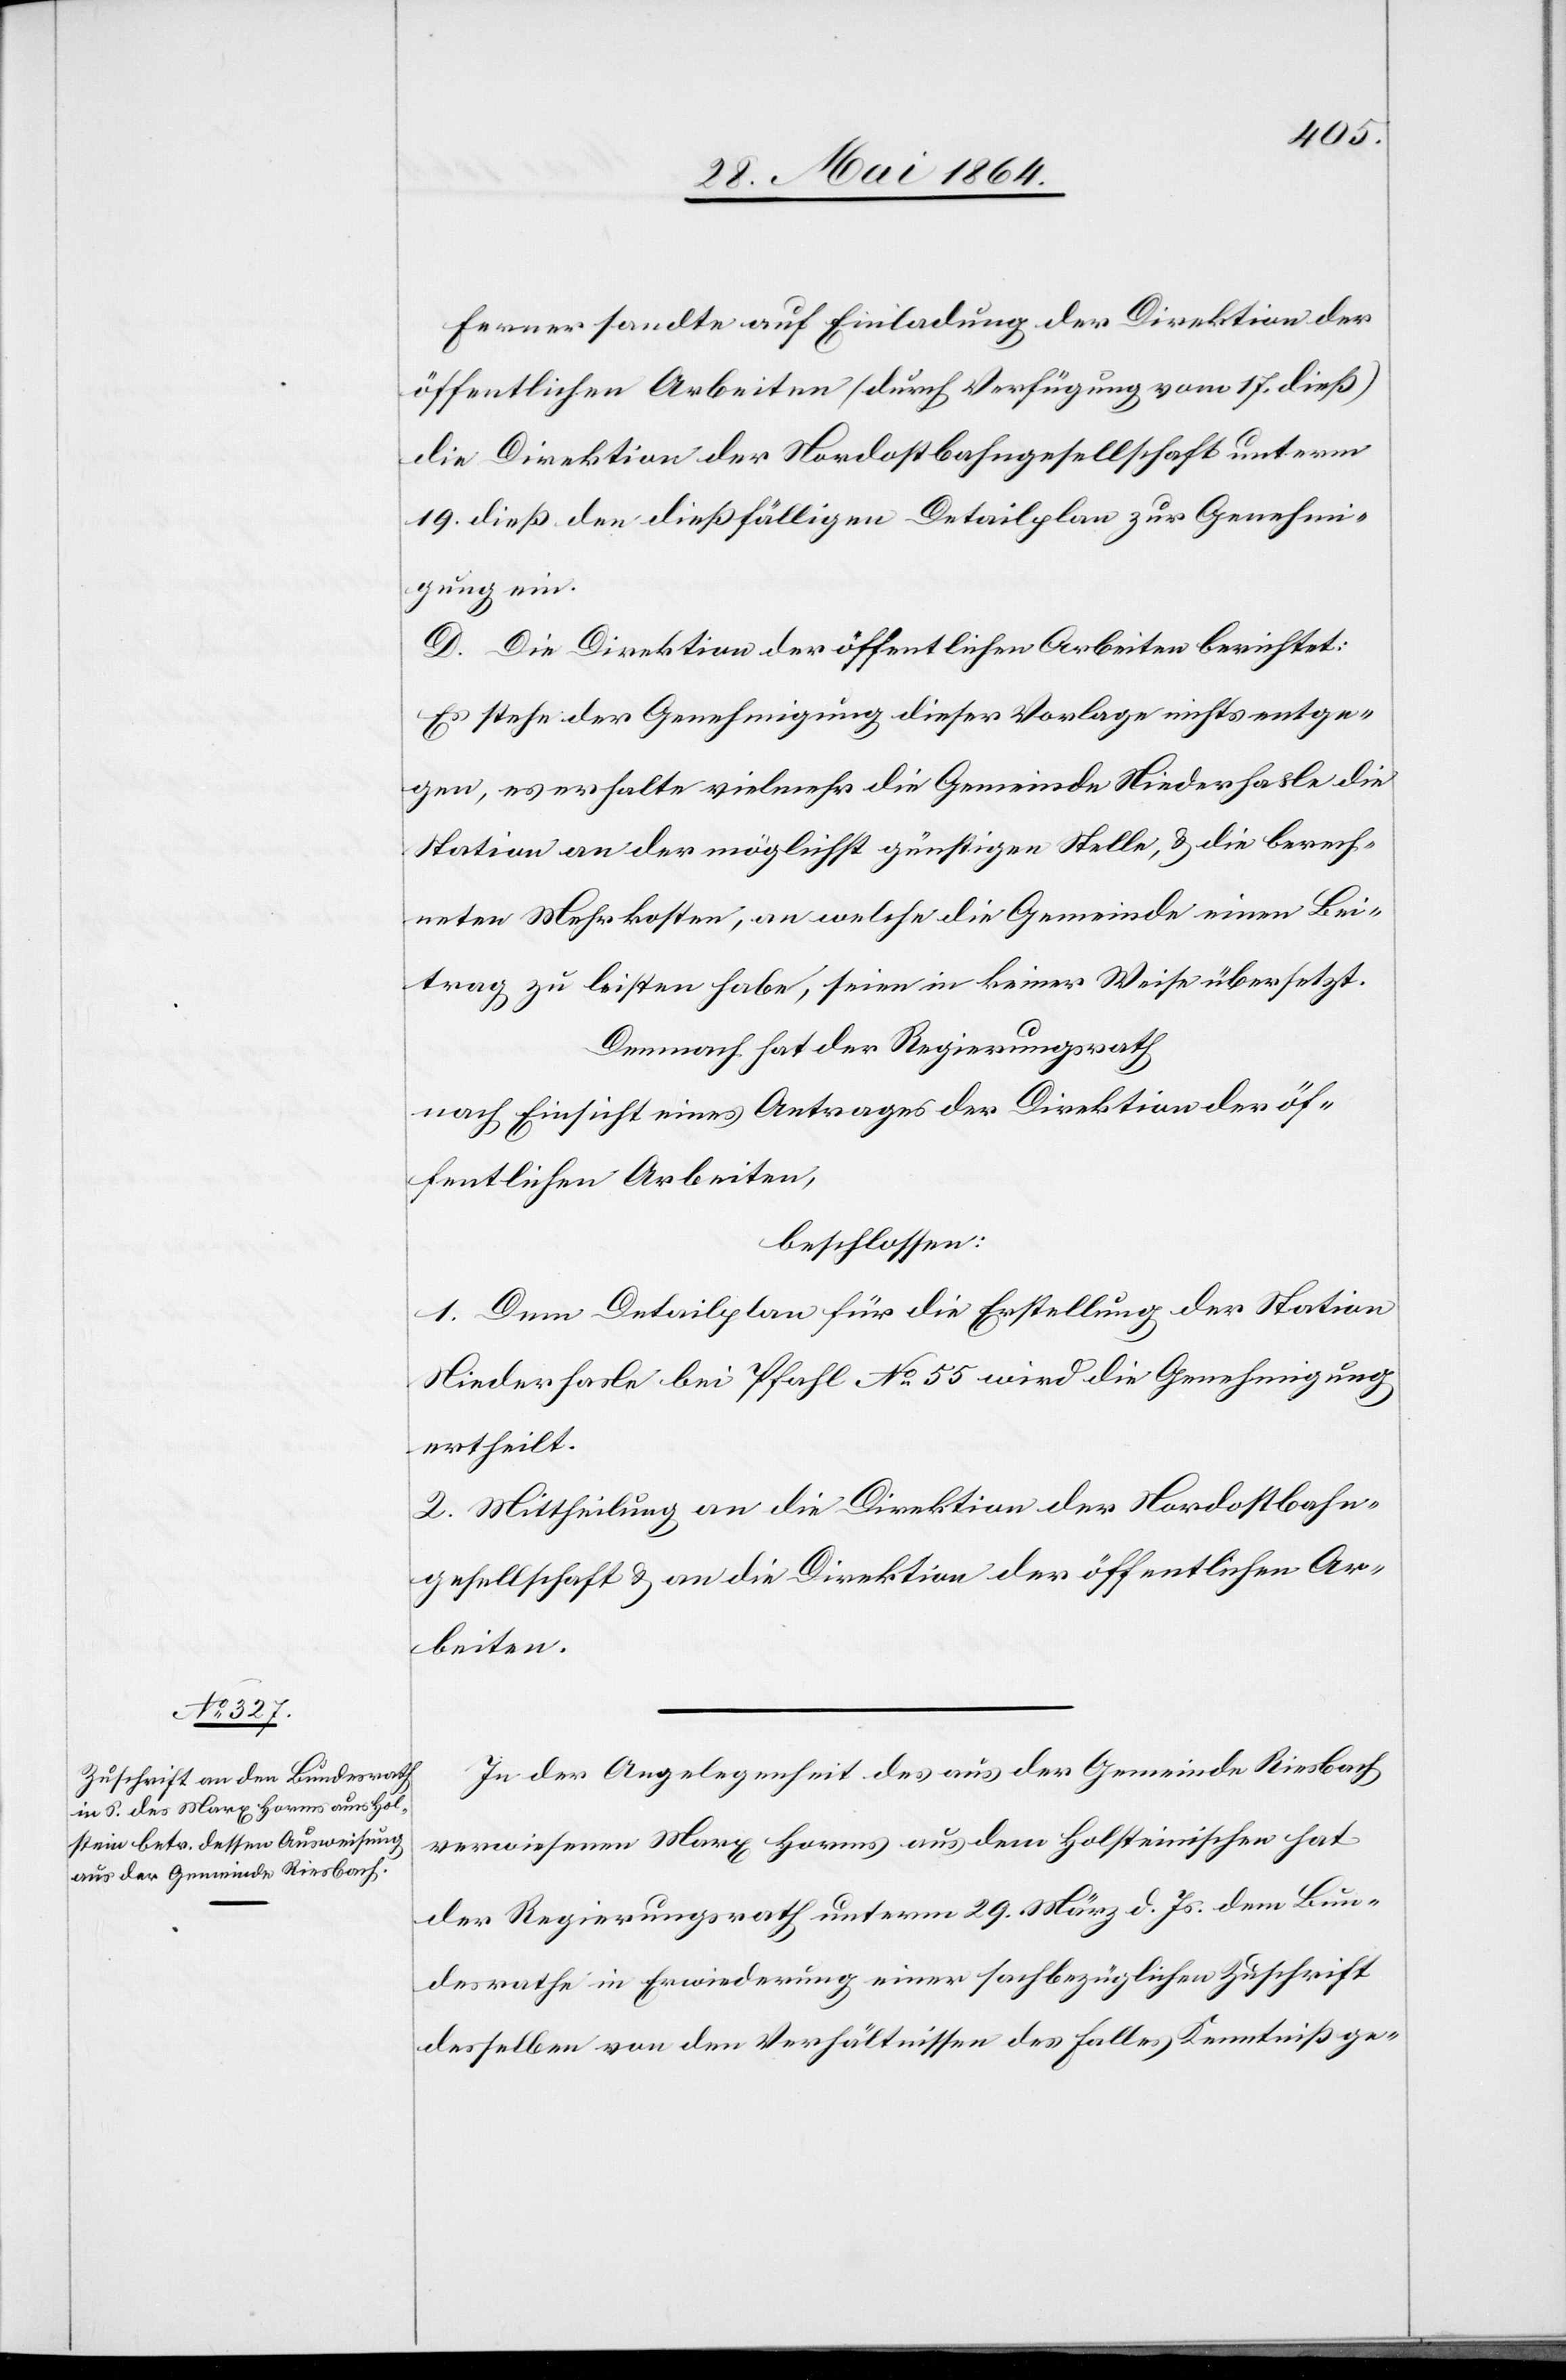
Ferner sandte auf Einladung der Direktion der
öffentlichen Arbeiten (durch Verfügung von 17. dieß)
die Direktion der Nordostbahngesellschaft unterm
19. dieß den dießfälligen Detailplan zur Genehmi¬
gung ein.
D. Die Direktion der öffentlichen Arbeiten berichtet:
Es stehe der Genehmigung dieser Vorlage nichts entge¬
gen, es erhalte vielmehr die Gemeinde Niederhasle die
Station an der möglichst günstigen Stelle, u. die berech¬
neten Mehrkosten, an welche die Gemeinde einen Bei¬
trag zu leisten habe, seien in keiner Weise übersetzt.
Demnach hat der Regierungsrath
nach Einsicht eines Antrages der Direktion der öf¬
fentlichen Arbeiten,
beschlossen:
1. Dem Detailplan für die Erstellung der Station
Niederhasle bei Pfahl No 55 wird die Genehmigung
ertheilt.
2. Mittheilung an die Direktion der Nordostbahn¬
gesellschaft u. an die Direktion der öffentlichen Ar¬
beiten.
In der Angelegenheit des aus der Gemeinde Riesbach
verwiesenen Marx Horms aus dem Holsteinischen hat
der Regierungsrath unterm 29. März d. Js. dem Bun¬
desrathe in Erwiederung einer sachbezüglichen Zuschrift
desselben von den Verhältnissen des Falles Kenntniß ge-